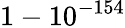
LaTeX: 1-10^{-154}